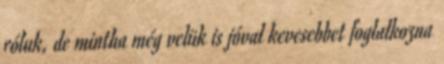
róluk, de mintha még velük is jóval kevesebbet foglalkozna